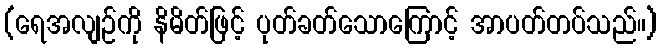
(ရေအလျဉ်ကို နိမိတ်ဖြင့် ပုတ်ခတ်သောကြောင့် အာပတ်တပ်သည်။)